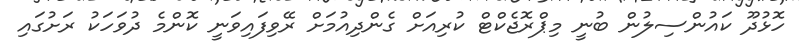
ހޮޅުދޫ ކައުންސިލުން ބުނީ މިޕްރޮޖެކްޓް ކުރިއަށް ގެންދިއުމަށް ރޭވިފައިވަނީ ކޮންމެ ދުވަހަކު ރަށުގައި